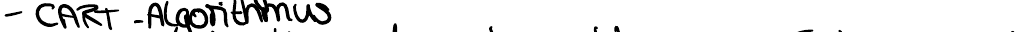
- CART - Algorithmus